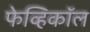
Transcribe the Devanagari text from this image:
फेव्हिकॉल